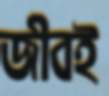
জীবই